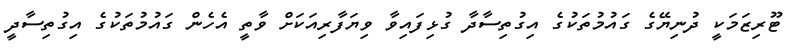
ޓޫރިޒަމަކީ ދުނިޔޭގެ ގައުމުތަކުގެ އިގުތިސާދާ ގުޅިފައިވާ ވިޔަފާރިއަކަށް ވާތީ އެހެން ގައުމުތަކުގެ އިގުތިސާދީ